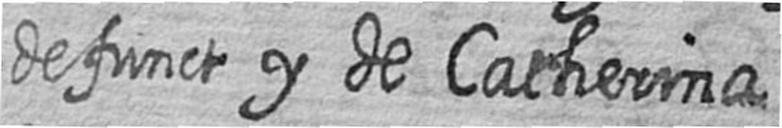
defunct y de Catherina